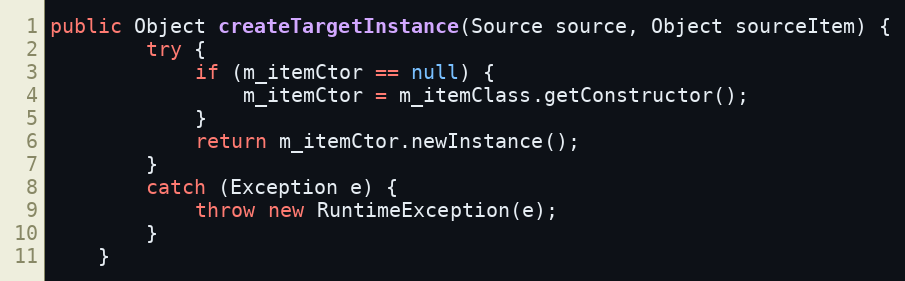
Language: Java
public Object createTargetInstance(Source source, Object sourceItem) {
        try {
            if (m_itemCtor == null) {
                m_itemCtor = m_itemClass.getConstructor();
            }
            return m_itemCtor.newInstance();
        }
        catch (Exception e) {
            throw new RuntimeException(e);
        }
    }